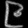
Digit: ၉